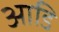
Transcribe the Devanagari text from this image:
आडि